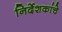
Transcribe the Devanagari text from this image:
निर्देशकांचे